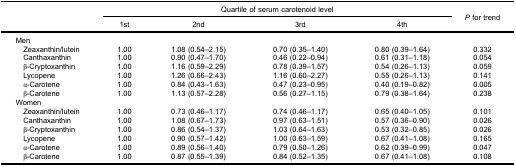
<table><thead><tr><td rowspan="3"><b> </b></td><td colspan="4"><b>Quartile of serum carotenoid level</b></td><td rowspan="3"><b><i>P</i> for trend</b></td></tr><tr><td><b>1st</b></td><td><b>2nd</b></td><td><b>3rd</b></td><td><b>4th</b></td></tr></thead><tbody><tr><td>Men</td><td> </td><td> </td><td> </td><td> </td><td> </td></tr><tr><td> Zeaxanthin/lutein</td><td>1.00</td><td>1.08 (0.54–2.15)</td><td>0.70 (0.35–1.40)</td><td>0.80 (0.39–1.64)</td><td>0.332</td></tr><tr><td> Canthaxanthin</td><td>1.00</td><td>0.90 (0.47–1.70)</td><td>0.46 (0.22–0.94)</td><td>0.61 (0.31–1.18)</td><td>0.054</td></tr><tr><td> β-Cryptoxanthin</td><td>1.00</td><td>1.16 (0.59–2.29)</td><td>0.78 (0.39–1.57)</td><td>0.54 (0.26–1.13)</td><td>0.059</td></tr><tr><td> Lycopene</td><td>1.00</td><td>1.26 (0.66–2.43)</td><td>1.16 (0.60–2.27)</td><td>0.55 (0.26–1.13)</td><td>0.141</td></tr><tr><td> α-Carotene</td><td>1.00</td><td>0.84 (0.43–1.63)</td><td>0.47 (0.23–0.95)</td><td>0.40 (0.19–0.82)</td><td>0.005</td></tr><tr><td> β-Carotene</td><td>1.00</td><td>1.13 (0.57–2.28)</td><td>0.56 (0.27–1.15)</td><td>0.79 (0.38–1.64)</td><td>0.238</td></tr><tr><td>Women</td><td> </td><td> </td><td> </td><td> </td><td> </td></tr><tr><td> Zeaxanthin/lutein</td><td>1.00</td><td>0.73 (0.46–1.17)</td><td>0.74 (0.46–1.17)</td><td>0.65 (0.40–1.05)</td><td>0.101</td></tr><tr><td> Canthaxanthin</td><td>1.00</td><td>1.08 (0.67–1.73)</td><td>0.97 (0.63–1.51)</td><td>0.57 (0.36–0.90)</td><td>0.026</td></tr><tr><td> β-Cryptoxanthin</td><td>1.00</td><td>0.86 (0.54–1.37)</td><td>1.03 (0.64–1.63)</td><td>0.53 (0.32–0.85)</td><td>0.026</td></tr><tr><td> Lycopene</td><td>1.00</td><td>0.90 (0.57–1.42)</td><td>1.00 (0.63–1.59)</td><td>0.67 (0.41–1.08)</td><td>0.165</td></tr><tr><td> α-Carotene</td><td>1.00</td><td>0.89 (0.56–1.40)</td><td>0.79 (0.50–1.26)</td><td>0.62 (0.39–0.99)</td><td>0.047</td></tr><tr><td> β-Carotene</td><td>1.00</td><td>0.87 (0.55–1.39)</td><td>0.84 (0.52–1.35)</td><td>0.67 (0.41–1.08)</td><td>0.108</td></tr></tbody></table>